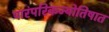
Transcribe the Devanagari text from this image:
पारंपरिकज्योतिषात